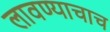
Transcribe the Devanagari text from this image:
लावण्याचाच